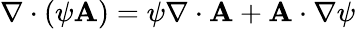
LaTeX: \nabla\cdot\left(\psi\mathbf{A}\right)=\psi\nabla\cdot\mathbf{A}+\mathbf{A}\cdot\nabla\psi